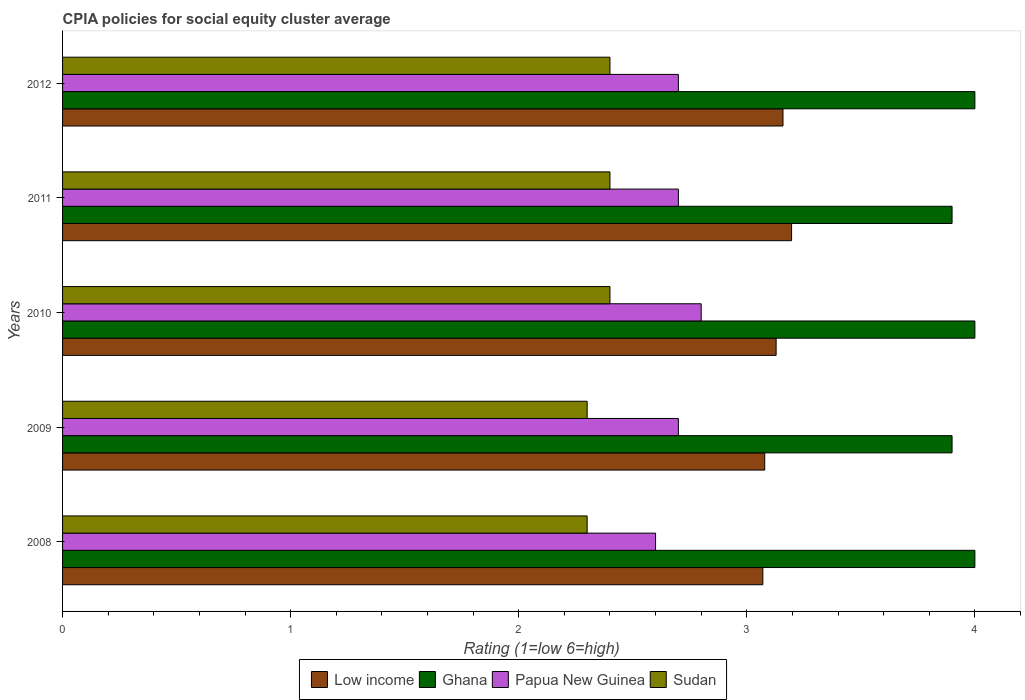
| Years | Low income | Ghana | Papua New Guinea | Sudan |
 | --- | --- | --- | --- | --- |
 | 2008 | 3.07 | 4 | 2.6 | 2.3 |
 | 2009 | 3.08 | 3.9 | 2.7 | 2.3 |
 | 2010 | 3.13 | 4 | 2.8 | 2.4 |
 | 2011 | 3.2 | 3.9 | 2.7 | 2.4 |
 | 2012 | 3.16 | 4 | 2.7 | 2.4 |